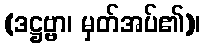
(ဒဋ္ဌဗ္ဗာ၊ မှတ်အပ်၏)၊